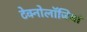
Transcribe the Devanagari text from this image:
टेक्नोलॉजियां